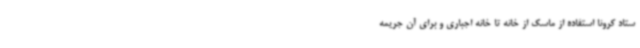
ستاد کرونا استفاده از ماسک از خانه تا خانه اجباری و برای آن جریمه